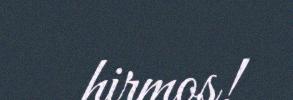
hirmos!